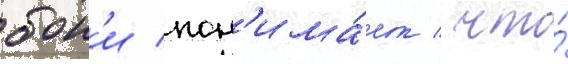
бон'и пон'има́ет / что́